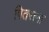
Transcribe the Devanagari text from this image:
पितराना